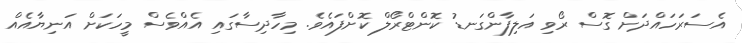
އެސަރަހައްދަށް ގޮސް ރޯވި އަލިފާންގަނޑު ކޮންޓްރޯލް ކޮށްފައެވެ. މިހާދިސާގައި އެއްވެސް މީހަކަށް އަނިޔާއެއް